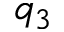
q _ { 3 }